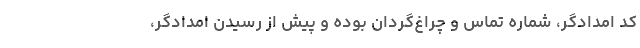
کد امدادگر، شماره تماس و چراغ‌گردان بوده و پیش از رسیدن امدادگر،